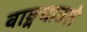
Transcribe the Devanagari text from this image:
वाङ्मयातले